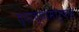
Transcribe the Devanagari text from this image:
त्याच्यामार्फत